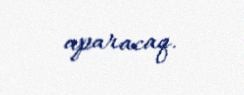
aparacaq.